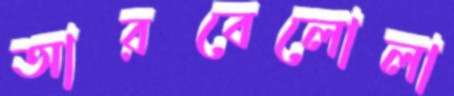
আরবেলোলা